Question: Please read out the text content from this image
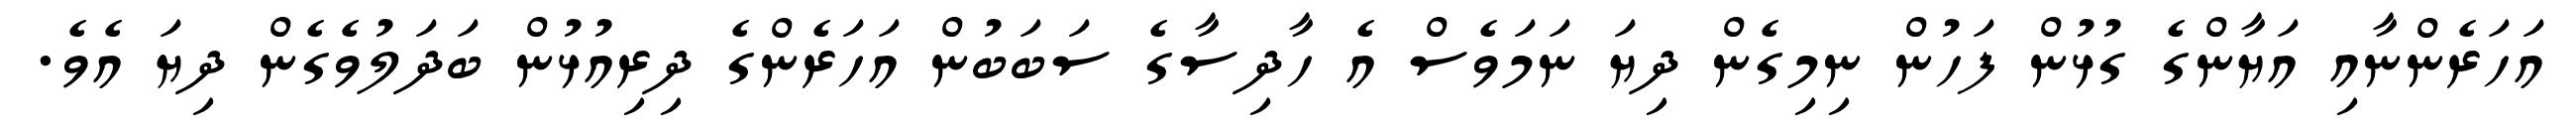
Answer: އަހަރެންނާއި އަޔާންގެ ގުޅުން ފަހުން ނިމިގެން ދިޔަ ނަމަވެސް އެ ހާދިސާގެ ސަބަބުން އަހަރެންގެ ދިރިއުޅުން ބަދަލުވެގެން ދިޔަ އެވެ.